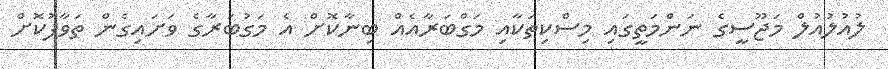
ލުއުލުއުލް މަޖޫސީގެ ނަންމަތީގައި މިސްކިތަކާއި މަގްބަރާއެއް ބިނާކޮށް އެ މަގުބަރާގެ ވަށައިގެން ތަވާފުކޮށް